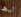
أيها